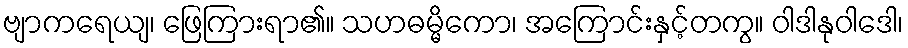
ဗျာကရေယျ၊ ဖြေကြားရာ၏။ သဟဓမ္မိကော၊ အကြောင်းနှင့်တကွ။ ဝါဒါနုဝါဒေါ၊